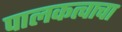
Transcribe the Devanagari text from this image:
पालकत्वाचा